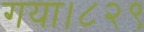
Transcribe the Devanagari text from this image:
गया।८२९